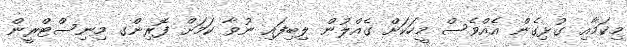
މިކަމާއި ގުޅިގެން އެއްވެސް މީހަކަށް ގެއްލުން ލިބިފައި ނުވާ ކަމަށް ފޮރިންގ މިނިސްޓްރީން